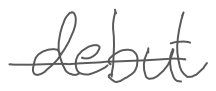
Text: debut
Cross-out: single-line
Writing tool: digital_gray